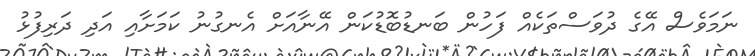
ނަމަވެސް އޭގެ ދުވަސްތަކެއް ފަހުން ބަނޑުބޮޑުކަން އޭނާއަށް އެނގުނު ކަމަށާއި އަދި ދަރިފުޅު